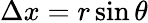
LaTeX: \Delta x=r\sin\theta